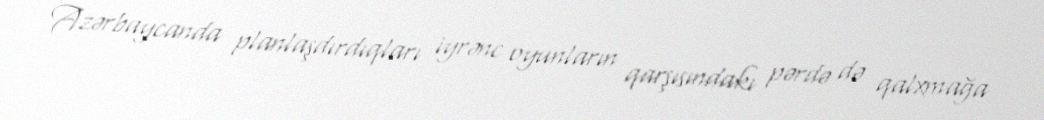
Azərbaycanda planlaşdırdıqları iyrənc oyunların qarşısındakı pərdə də qalxmağa